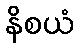
နိစယံ